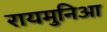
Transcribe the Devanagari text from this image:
रायमुनिआ